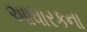
આધારકના